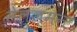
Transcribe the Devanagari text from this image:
सेल्ज़मन